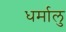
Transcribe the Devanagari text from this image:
धर्मालु